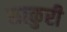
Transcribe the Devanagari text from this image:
साकुरी